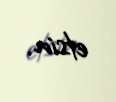
etsin.